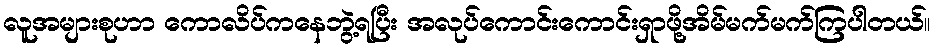
လူအများစုဟာ ကောလိပ်ကနေဘွဲ့ရပြီး အလုပ်ကောင်းကောင်းရှာဖို့အိမ်မက်မက်ကြပါတယ်။